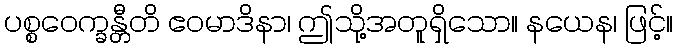
ပစ္စဝေက္ခန္တီတိ ဧဝမာဒိနာ၊ ဤသို့အတူရှိသော။ နယေန၊ ဖြင့်။